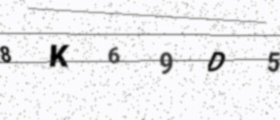
Text: 8K69D5